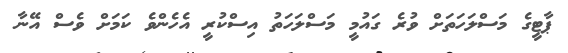
ޕާޓީގެ މަސްލަހަތަށް ވުރެ ގައުމީ މަސްލަހަތު އިސްކުރީ އެހެންވެ ކަމަށް ވެސް އޭނާ